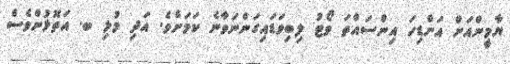
ޔާމީންއަށް އަށްޑިހަ އިންސައްތަ ވޯޓު ލިބިވަޑައިގަންނަވާނެ ކަމަށެވެ. އަދި މުޅި ބ. އަތޮޅުންވެސް